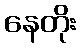
နေတိုး